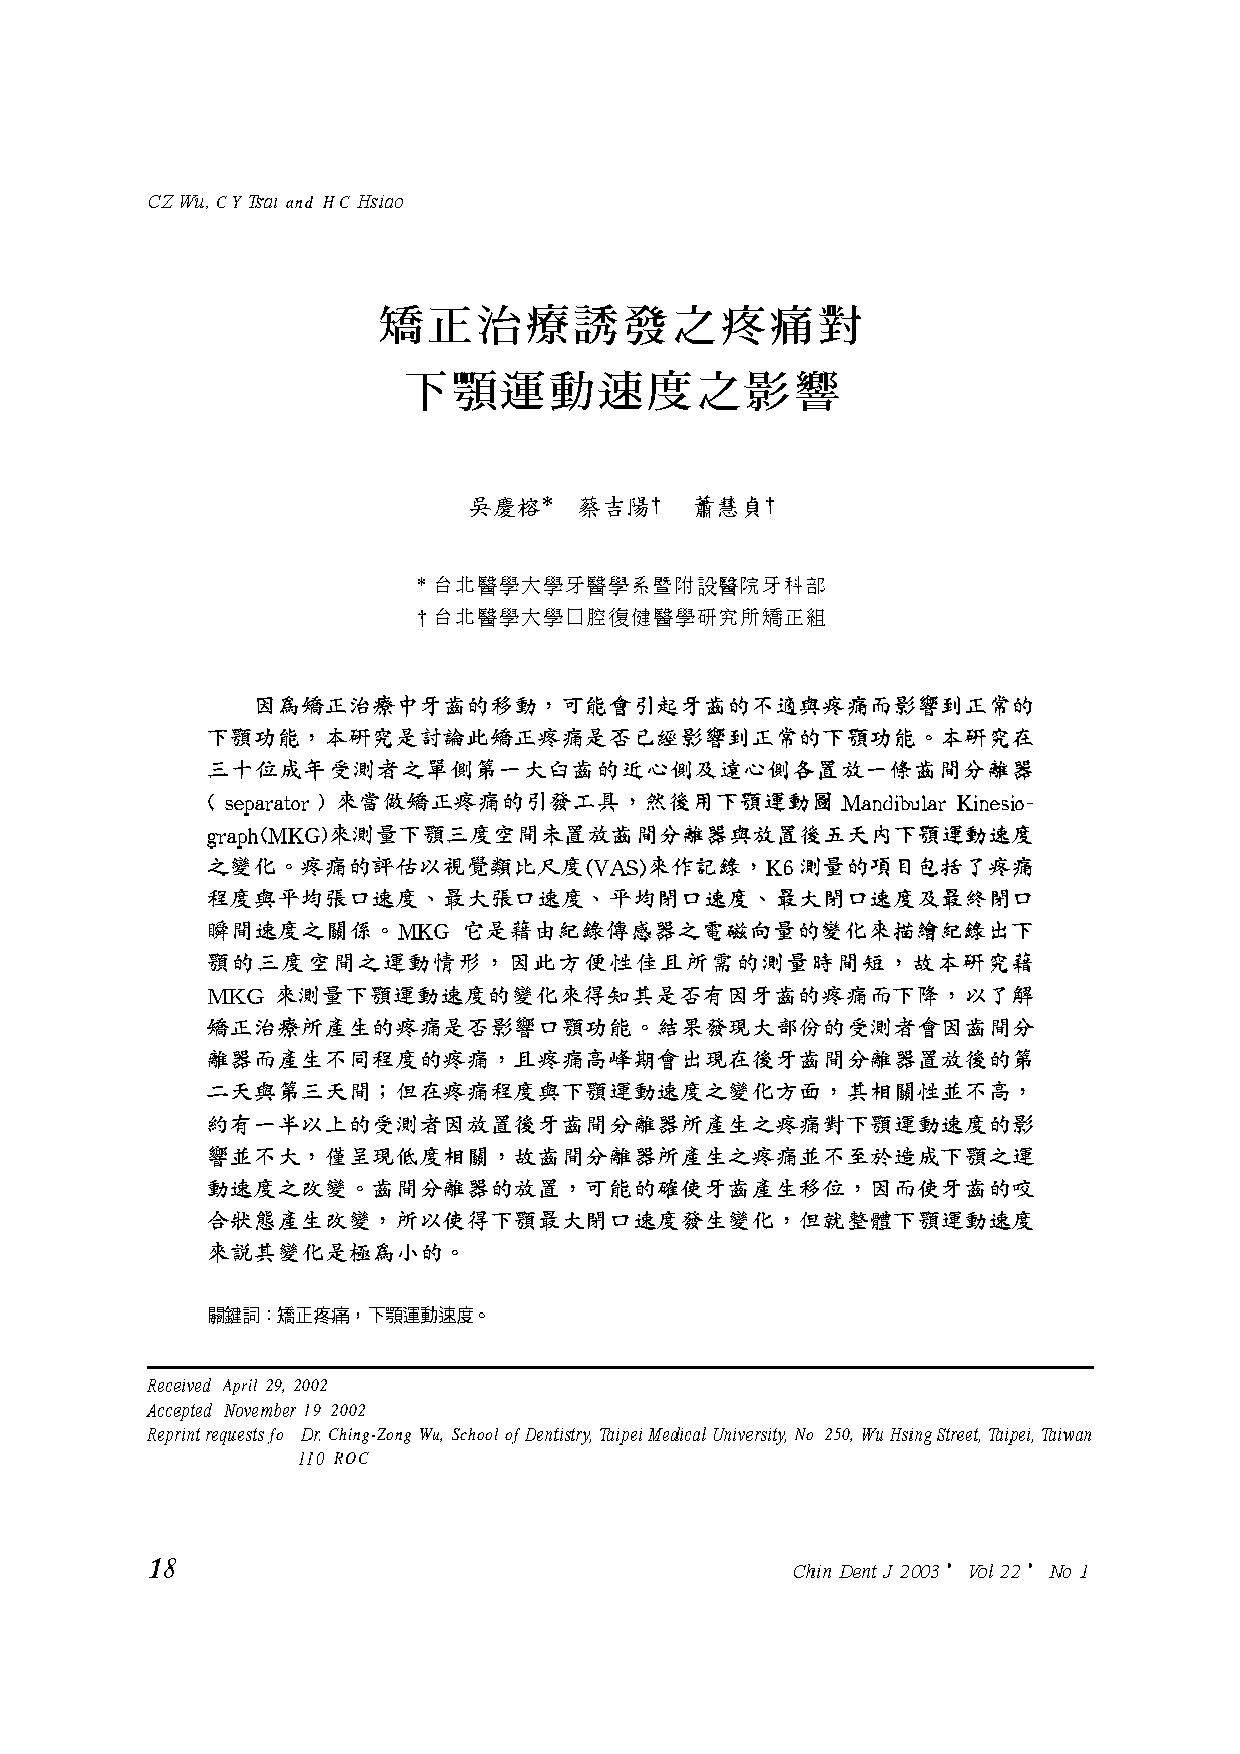
CZ Wu, CY 23ai and HC Hsiao
 Rscsivsd April 29, 2002
 Accspfed Novstnbsr 19 2002
 Rsprinf rsqussfs fo Dr Ching-Zong Wu, School of Dsnfidry, mipsi Msdical Univsrsify, No 250, Wu Hsing Sfrsst, mipsi, miwan
 110 ROC
 18                                         chin a n t J2003 ' ~ o 2k2 ' NO I